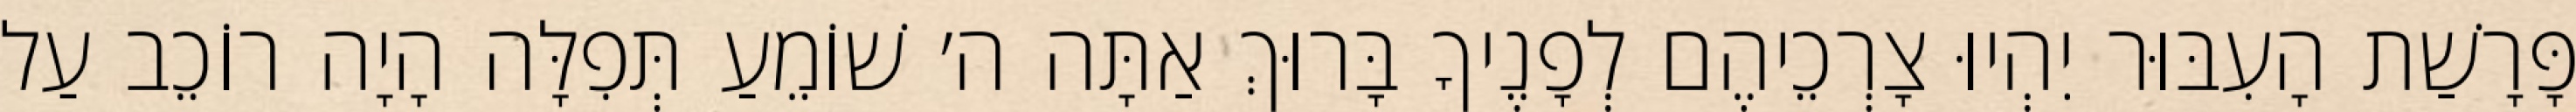
פָּרָשַׁת הָעִבּוּר יִהְיוּ צָרְכֵיהֶם לְפָנֶיךָ בָּרוּךְ אַתָּה ה׳ שׁוֹמֵעַ תְּפִלָּה הָיָה רוֹכֵב עַל